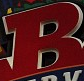
B